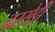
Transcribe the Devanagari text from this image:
वरसेट्टी